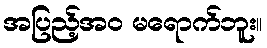
အပြည့်အဝ မရောက်ဘူး။